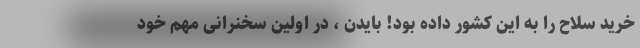
خرید سلاح را به این کشور داده بود! بایدن ، در اولین سخنرانی مهم خود